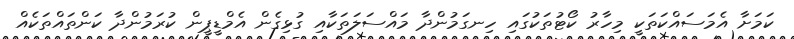
ކަމަށާ އެމަސައްކަތަކީ މިހާރު ކޯޓުތަކުގައި ހިނގަމުންދާ މައްސަލަތަކާއި ގުޅިގެން އެމްޑީޕީން ކުރަމުންދާ ކަންތައްތަކެއް